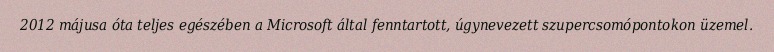
2012 májusa óta teljes egészében a Microsoft által fenntartott, úgynevezett szupercsomópontokon üzemel.